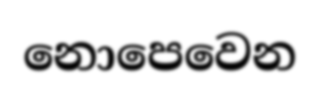
නොපෙවෙන